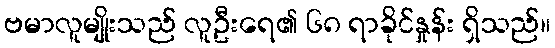
ဗမာလူမျိုးသည် လူဦးရေ၏ ၆၈ ရာခိုင်နှုန်း ရှိသည်။